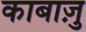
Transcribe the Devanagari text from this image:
काबाज़ु